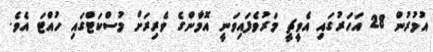
އުމުރުން 28 އަހަރުގައި އެވީޗީ މަރުވެފައިވަނީ އޮމާންގެ ވެރިރަށް މުސްކަޓްގައި ހުއްޓަ އެވެ.